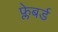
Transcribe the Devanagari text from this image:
फ्लेबर्ड